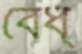
বেঁধ্‌